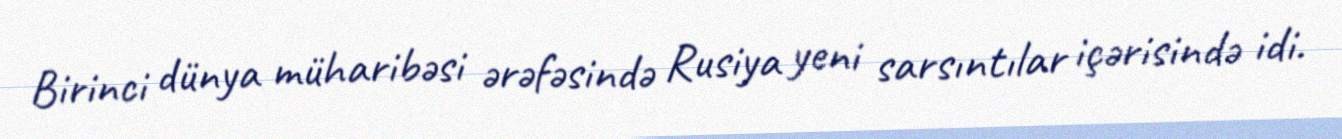
Birinci dünya müharibəsi ərəfəsində Rusiya yeni sarsıntılar içərisində idi.